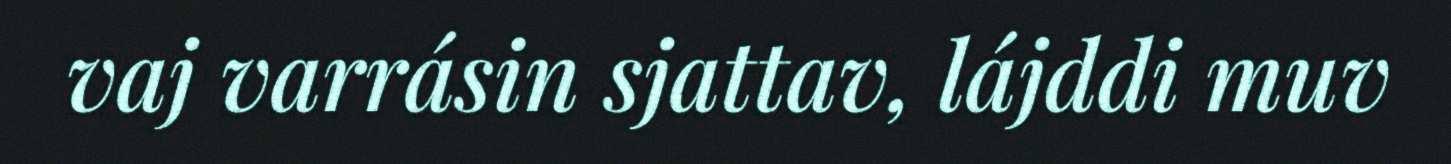
vaj varrásin sjattav, lájddi muv